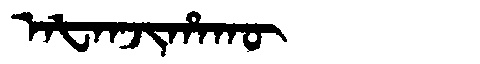
Manchu: ᠠᡶᠠᠨᠵᡳᡥᠠᡴᡡ
Romanization: AFANJIHAKŪ